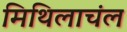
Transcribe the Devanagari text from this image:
मिथिलाचंल